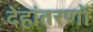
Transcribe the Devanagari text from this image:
देहांतरणों